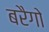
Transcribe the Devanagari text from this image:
बरैगो